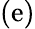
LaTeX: (\mathrm{e})